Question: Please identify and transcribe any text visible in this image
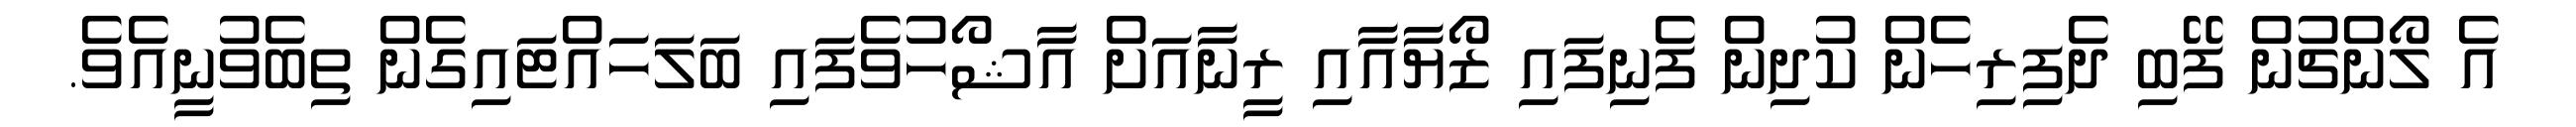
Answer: އެ ލޯންޗުން ފޭބި ދެފިރިހެން ކުދިން ފެނިފައި ޒޯޔާއާއި ރީނާއަށް އާޝޯހުވެފައި ބަލަހައްޓައިގެން ތިބެވުނީއެވެ.